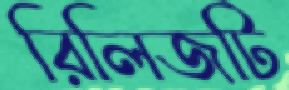
রিলিজটি